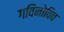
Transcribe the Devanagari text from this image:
गविनोविच